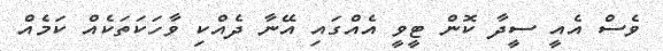
ވެސް އެއީ ސީދާ ކޮން ޓީވީ އެއްގައި އޭނާ ދެއްކި ވާހަކަތަކެއް ކަމެއް